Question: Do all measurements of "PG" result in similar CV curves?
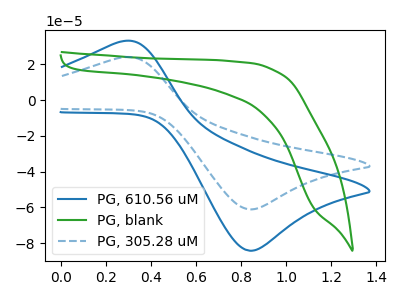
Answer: <think>The blue curve "PG, 610.56 uM" has an anodic peak at (0.30V, 32.90uA) and a cathodic peak at (0.85V, -84.20uA). The green curve "PG, blank" has no peaks. The blue dashed curve "PG, 305.28 uM" has an anodic peak at (0.30V, 23.90uA) and a cathodic peak at (0.85V, -61.10uA).
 "PG, 610.56 uM" and "PG, blank" have a different number of peaks. All the peaks in "PG, 610.56 uM" have a peak in "PG, 305.28 uM" at the same potential. Every peak in "PG, 610.56 uM" is higher than every peak in "PG, 305.28 uM". "PG, blank" and "PG, 305.28 uM" have a different number of peaks.</think>
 <answer>All the CV's of "PG" have similar shape.</answer>
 <eval>follow_rule</eval>